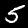
Digit: 5